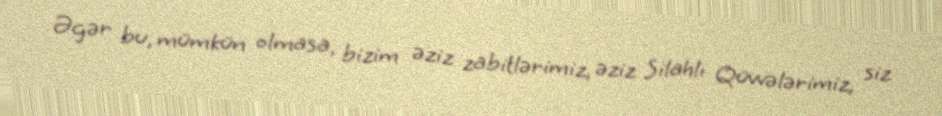
Əgər bu, mümkün olmasa, bizim əziz zabitlərimiz, əziz Silahlı Qüvvələrimiz, siz